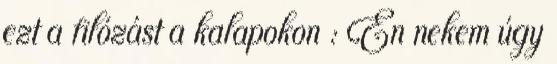
ezt a filózást a kalapokon : Én nekem úgy